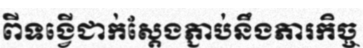
ពីទង្វើជាក់ស្តែងភ្ជាប់នឹងភារកិច្ច